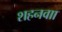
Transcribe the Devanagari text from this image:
शहनवाा